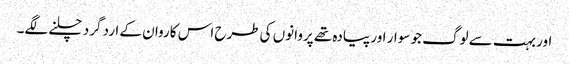
اور بہت سے لوگ جو سوار اور پیادہ تھے پروانوں کی طرح اس کاروان کے ارد گرد چلنے لگے۔